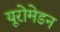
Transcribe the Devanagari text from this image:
यूरोमेडन